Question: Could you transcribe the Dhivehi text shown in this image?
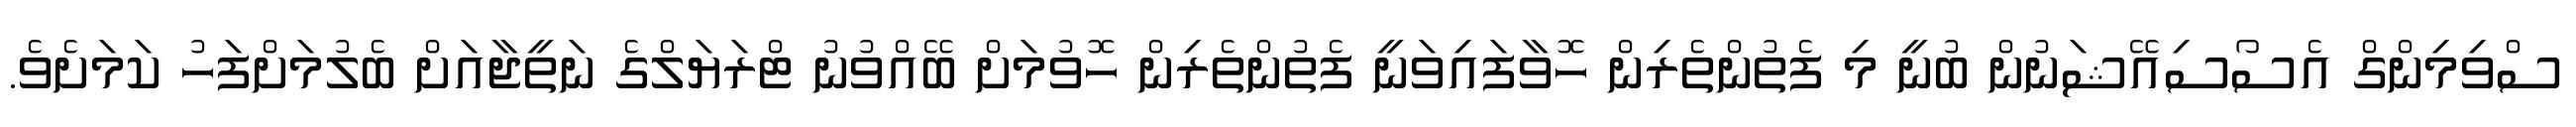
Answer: ސްވިމިންގް އެސޯސިއޭޝަނުން ބުނީ މި ފެތުންތެރިން ހޮވާފައިވަނީ ފެތުންތެރިން ހޮވުމަށް ބޭއްވުނު ޓްރަޔަލްގެ ނަތީޖާއަށް ބެލުމަށްފަހު ކަމަށެވެ.